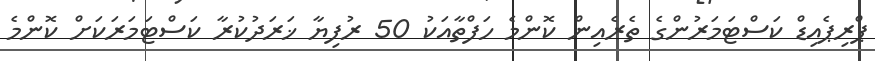
ޕްރިޕެއިޑް ކަސްޓަމަރުންގެ ތެރެއިން ކޮންމެ ހަފްތާއަކު 50 ރުފިޔާ ޚަރަދުކުރާ ކަސްޓަމަރަކަށް ކޮންމެ